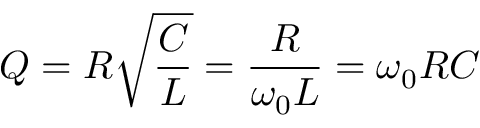
Q = R { \sqrt { \frac { C } { L } } } = { \frac { R } { \omega _ { 0 } L } } = \omega _ { 0 } R C